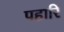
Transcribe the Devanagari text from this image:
पहारि